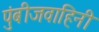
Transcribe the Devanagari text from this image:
पुंबीजवाहिनी